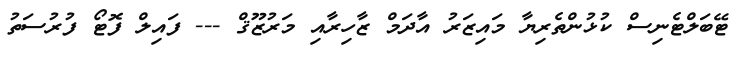
ޓޭބަލްޓެނިސް ކުޅުންތެރިޔާ މައިޒަރު އާދަމް ޒާހިރާއި މަރުޒޫޤް --- ފައިލް ފޮޓޯ ފުރުސަތު